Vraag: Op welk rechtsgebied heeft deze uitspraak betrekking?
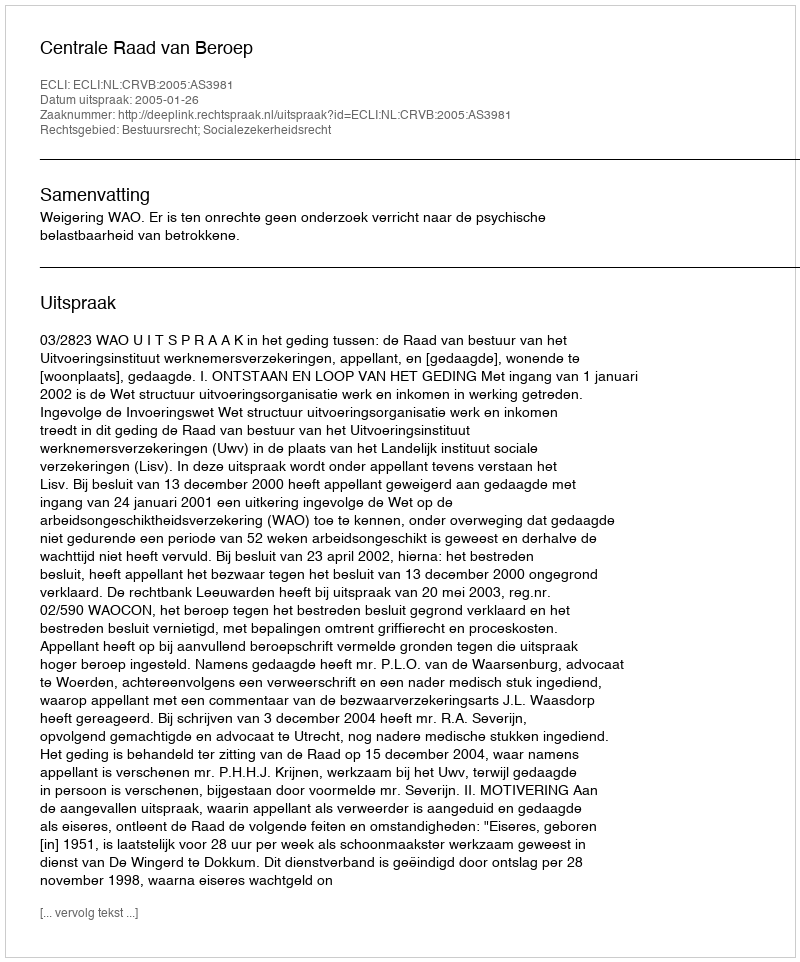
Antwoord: Bestuursrecht; Socialezekerheidsrecht